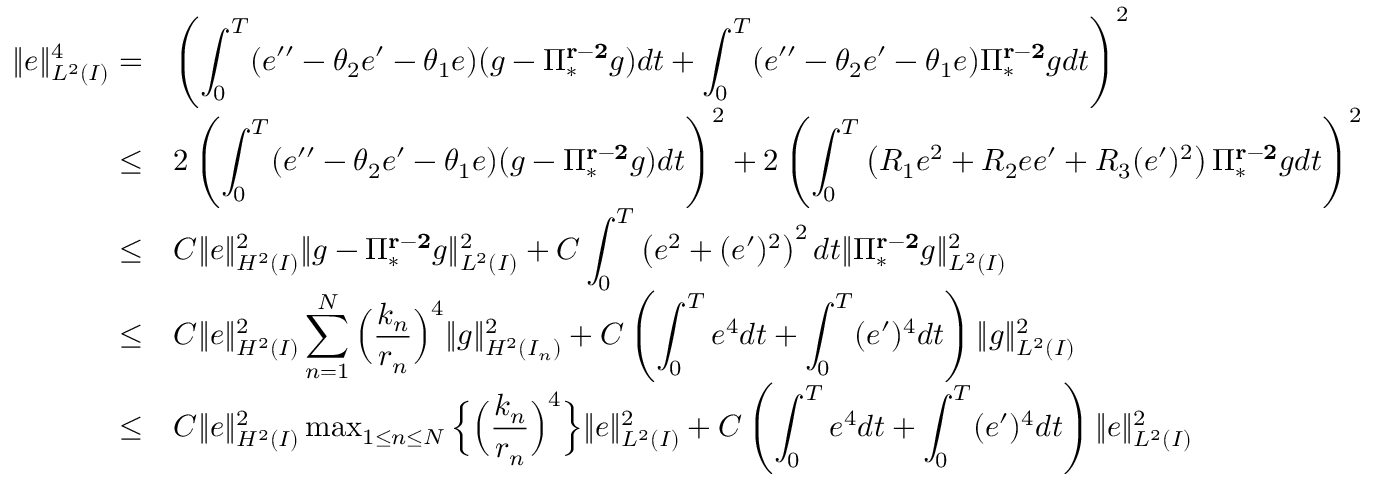
\begin{array} { r } { \begin{array} { r l } { \| e \| _ { L ^ { 2 } ( I ) } ^ { 4 } = } & { \left( \displaystyle \int _ { 0 } ^ { T } ( e ^ { \prime \prime } - \theta _ { 2 } e ^ { \prime } - \theta _ { 1 } e ) ( g - \Pi _ { * } ^ { \bf { r - 2 } } g ) d t + \displaystyle \int _ { 0 } ^ { T } ( e ^ { \prime \prime } - \theta _ { 2 } e ^ { \prime } - \theta _ { 1 } e ) \Pi _ { * } ^ { \bf { r - 2 } } g d t \right) ^ { 2 } } \\ { \le } & { 2 \left( \displaystyle \int _ { 0 } ^ { T } ( e ^ { \prime \prime } - \theta _ { 2 } e ^ { \prime } - \theta _ { 1 } e ) ( g - \Pi _ { * } ^ { \bf { r - 2 } } g ) d t \right) ^ { 2 } + 2 \left( \displaystyle \int _ { 0 } ^ { T } \left( R _ { 1 } e ^ { 2 } + R _ { 2 } e e ^ { \prime } + R _ { 3 } ( e ^ { \prime } ) ^ { 2 } \right) \Pi _ { * } ^ { \bf { r - 2 } } g d t \right) ^ { 2 } } \\ { \le } & { C \| e \| _ { H ^ { 2 } ( I ) } ^ { 2 } \| g - \Pi _ { * } ^ { \bf { r - 2 } } g \| _ { L ^ { 2 } ( I ) } ^ { 2 } + C \displaystyle \int _ { 0 } ^ { T } \left( e ^ { 2 } + ( e ^ { \prime } ) ^ { 2 } \right) ^ { 2 } d t \| \Pi _ { * } ^ { \bf { r - 2 } } g \| _ { L ^ { 2 } ( I ) } ^ { 2 } } \\ { \le } & { C \| e \| _ { H ^ { 2 } ( I ) } ^ { 2 } \displaystyle \sum _ { n = 1 } ^ { N } \Big ( \displaystyle \frac { k _ { n } } { r _ { n } } \Big ) ^ { 4 } \| g \| _ { H ^ { 2 } ( I _ { n } ) } ^ { 2 } + C \left( \displaystyle \int _ { 0 } ^ { T } e ^ { 4 } d t + \displaystyle \int _ { 0 } ^ { T } ( e ^ { \prime } ) ^ { 4 } d t \right) \| g \| _ { L ^ { 2 } ( I ) } ^ { 2 } } \\ { \le } & { C \| e \| _ { H ^ { 2 } ( I ) } ^ { 2 } \operatorname* { m a x } _ { 1 \le n \le N } \Big \{ \Big ( \displaystyle \frac { k _ { n } } { r _ { n } } \Big ) ^ { 4 } \Big \} \| e \| _ { L ^ { 2 } ( I ) } ^ { 2 } + C \left( \displaystyle \int _ { 0 } ^ { T } e ^ { 4 } d t + \displaystyle \int _ { 0 } ^ { T } ( e ^ { \prime } ) ^ { 4 } d t \right) \| e \| _ { L ^ { 2 } ( I ) } ^ { 2 } } \end{array} } \end{array}